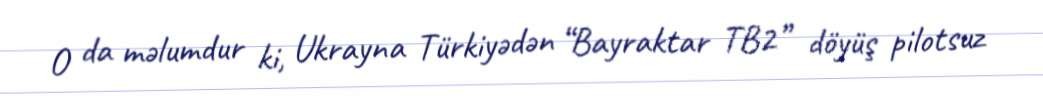
O da məlumdur ki, Ukrayna Türkiyədən “Bayraktar TB2” döyüş pilotsuz